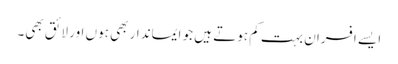
ایسے افسران بہت کم ہوتے ہیں جو ایماندار بھی ہوں اور لائق بھی۔